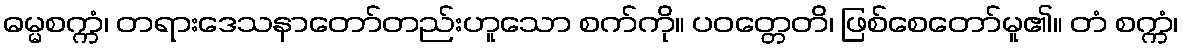
ဓမ္မစက္ကံ၊ တရားဒေသနာတော်တည်းဟူသော စက်ကို။ ပဝတ္တေတိ၊ ဖြစ်စေတော်မူ၏။ တံ စက္ကံ၊